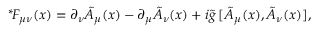
{ } ^ { * } \! F _ { \mu \nu } ( x ) = \partial _ { \nu } \tilde { A } _ { \mu } ( x ) - \partial _ { \mu } \tilde { A } _ { \nu } ( x ) + i \tilde { g } \, [ \tilde { A } _ { \mu } ( x ) , \tilde { A } _ { \nu } ( x ) ] ,